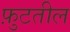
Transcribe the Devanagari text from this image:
फ़ुटतील